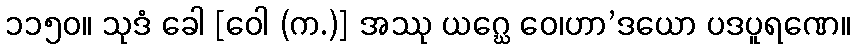
၁၁၅၀။ သုဒံ ခေါ [ဝေါ (က.)] အဿု ယဂ္ဃေ ဝေ၊ဟာ’ဒယော ပဒပူရဏေ။